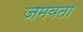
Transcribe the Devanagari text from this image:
जमवता